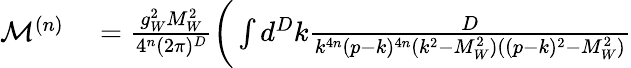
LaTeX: \begin{array}{rl}{\mathcal{M}^{(n)}}&{{}=\frac{g_{W}^{2}M_{W}^{2}}{4^{n}(2\pi)^{D}}\bigg(\int d^{D}k\frac{D}{k^{4n}(p-k)^{4n}(k^{2}-M_{W}^{2})((p-k)^{2}-M_{W}^{2})}}\end{array}